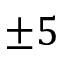
\pm 5